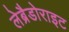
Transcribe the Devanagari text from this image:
लेब्रैडोराइट